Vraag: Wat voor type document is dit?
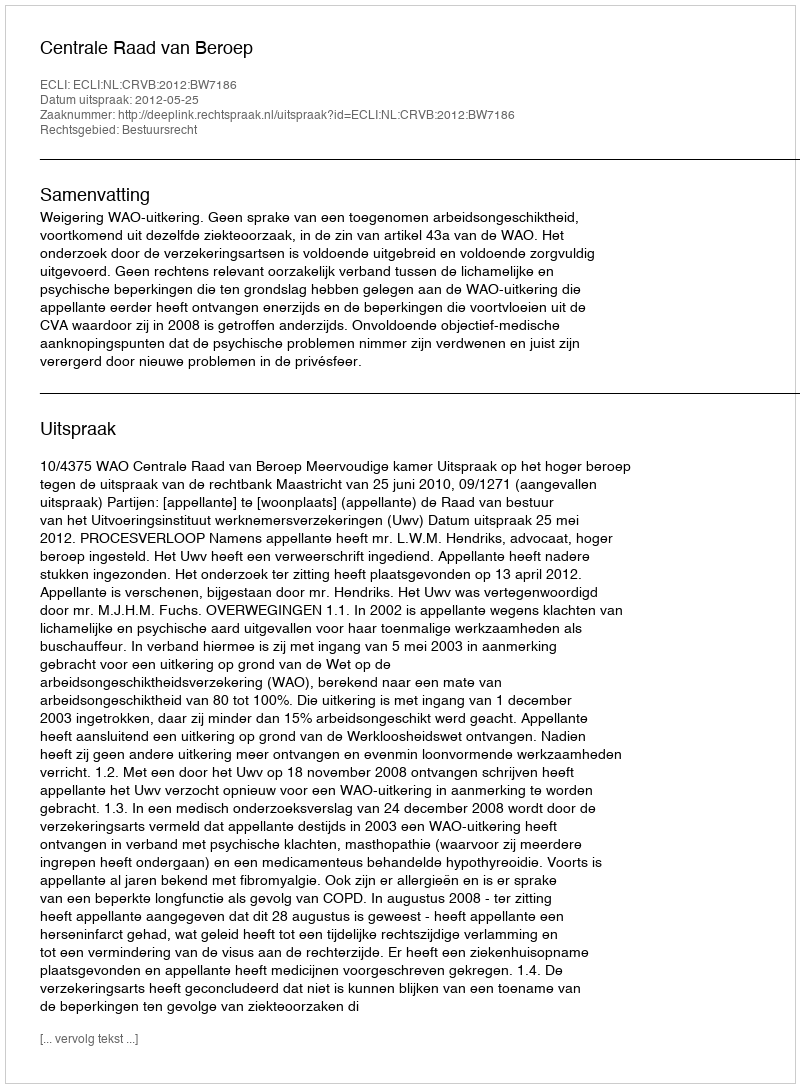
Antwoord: Uitspraak